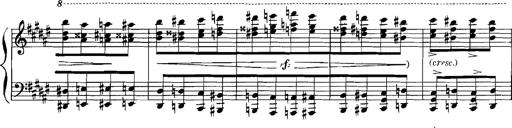
Title: Rhapsodies hongroises
Composer: Franz Liszt